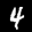
Label: 4